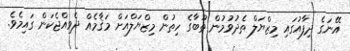
އޭނަގެ ދިފާއުގައި މިޒްޔަލް ތެދުވުމުން ތޫބާގެ ހިތުން މިޒްޔަލްއަށް މަޤާމެއް ދެވިއްޖެކަން ގައިމެވެ.